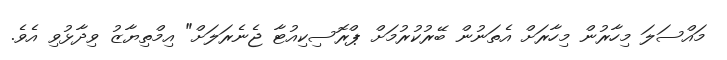
މައްސަލަ މިހާރުން މިހާރަށް އެތަނުން ބޭރުކުރުމަށް ޕްރޮސިކިއުޓާ ޖެނެރަލަށް" އިމްތިޔާޒު ވިދާޅުވި އެވެ.